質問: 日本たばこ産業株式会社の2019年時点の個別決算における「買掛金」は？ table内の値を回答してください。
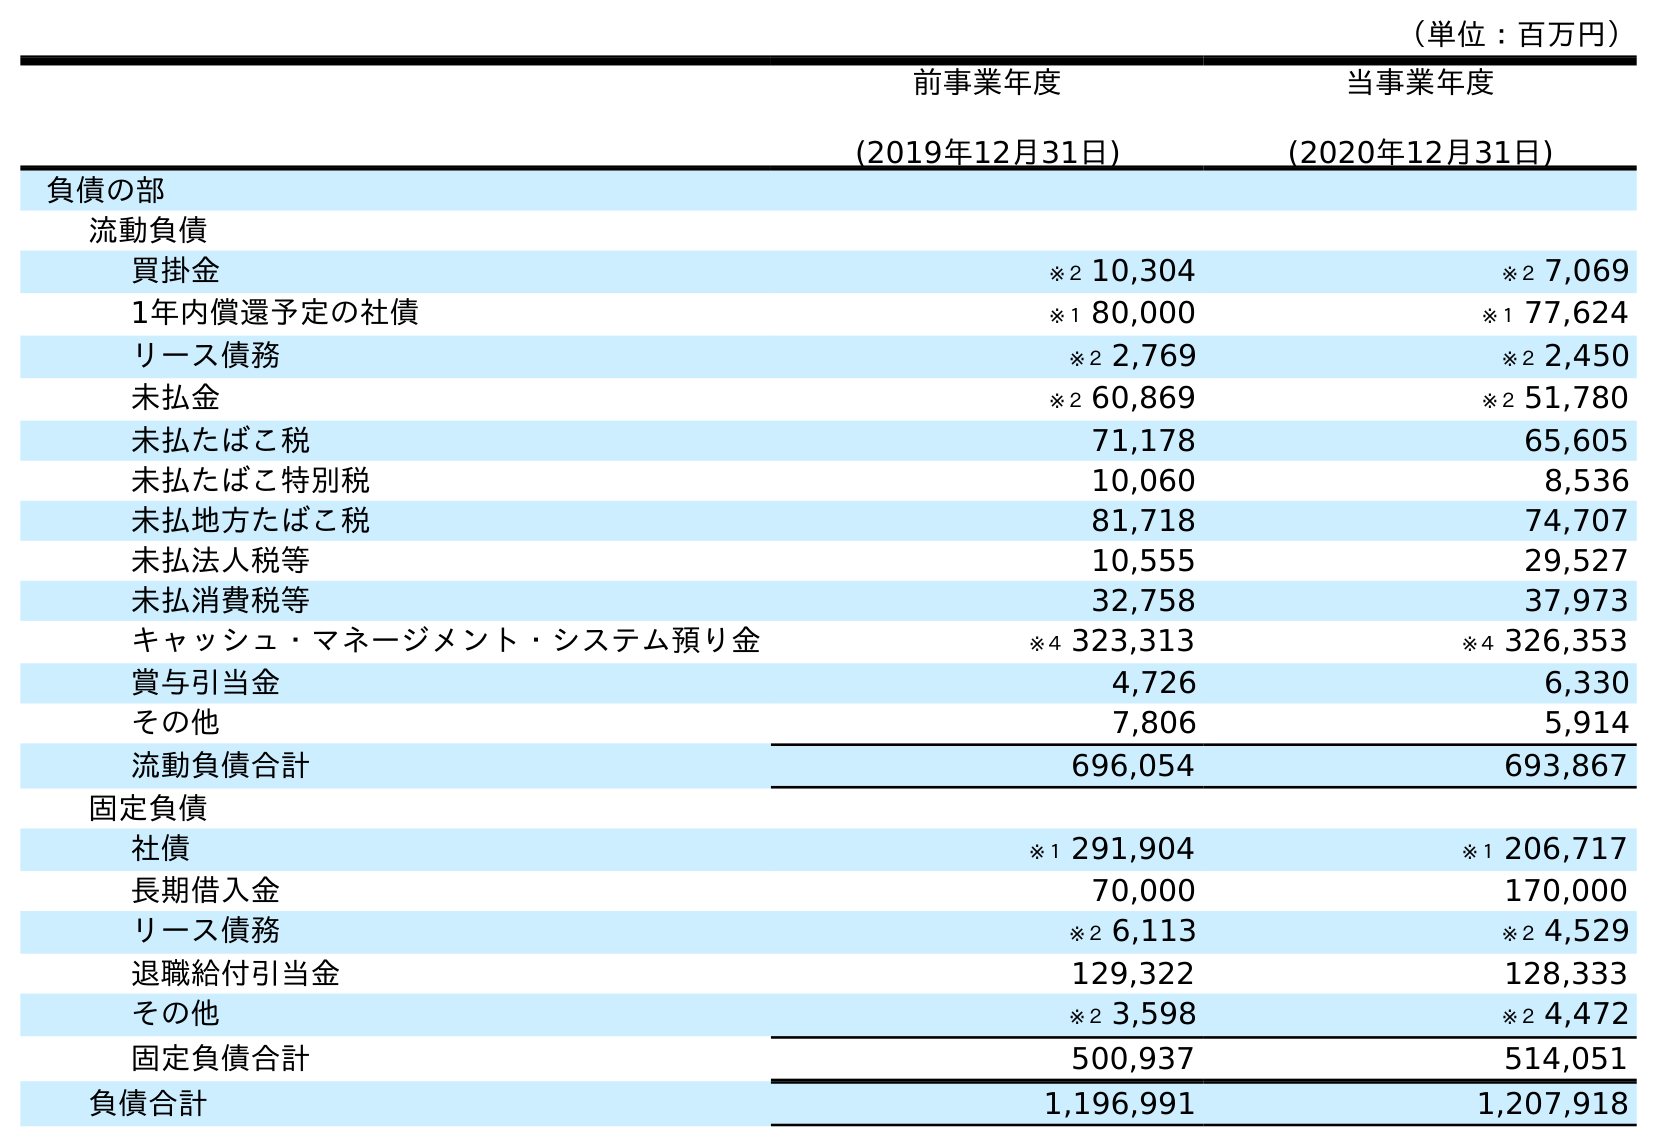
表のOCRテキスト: （単位：百万円） 前事業年度 (2019年12月31日) 当事業年度 (2020年12月31日) 負債の部 流動負債 買掛金 ※２ 10,304 ※２ 7,069 1年内償還予定の社債 ※１ 80,000 ※１ 77,624 リース債務 ※２ 2,769 ※２ 2,450 未払金 ※２ 60,869 ※２ 51,780 未払たばこ税 71,178 65,605 未払たばこ特別税 10,060 8,536 未払地方たばこ税 81,718 74,707 未払法人税等 10,555 29,527 未払消費税等 32,758 37,973 キャッシュ・マネージメント・システム預り金 ※４ 323,313 ※４ 326,353 賞与引当金 4,726 6,330 その他 7,806 5,914 流動負債合計 696,054 693,867 固定負債 社債 ※１ 291,904 ※１ 206,717 長期借入金 70,000 170,000 リース債務 ※２ 6,113 ※２ 4,529 退職給付引当金 129,322 128,333 その他 ※２ 3,598 ※２ 4,472 固定負債合計 500,937 514,051 負債合計 1,196,991 1,207,918
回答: ※２10,304